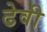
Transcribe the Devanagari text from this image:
ढेवी